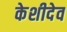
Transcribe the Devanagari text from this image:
केशीदेव